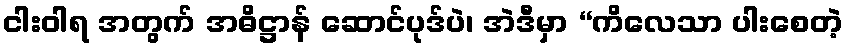
ငါးဝါရ အတွက် အဓိဋ္ဌာန် ဆောင်ပုဒ်ပဲ၊ အဲဒီမှာ “ကိလေသာ ပါးစေတဲ့